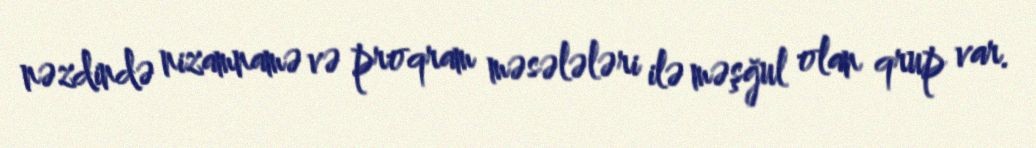
nəzdində nizamnamə və proqram məsələləri ilə məşğul olan qrup var.